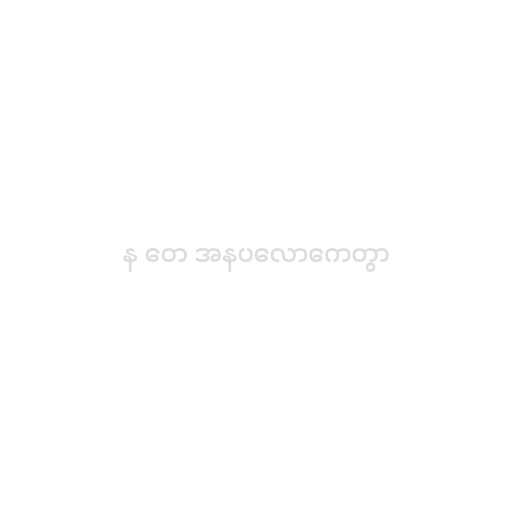
န တေ အနပလောကေတွာ